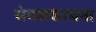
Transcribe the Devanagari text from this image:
मंगलसाधना